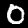
Label: 0